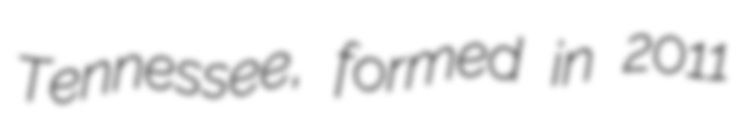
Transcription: Tennessee, formed in 2011